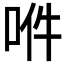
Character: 𠲟